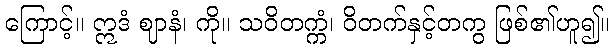
ကြောင့်။ ဣဒံ ဈာနံ၊ ကို။ သဝိတက္ကံ၊ ဝိတက်နှင့်တကွ ဖြစ်၏ဟူ၍။